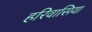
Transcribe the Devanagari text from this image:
हरिवासिया